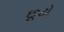
છૂટો